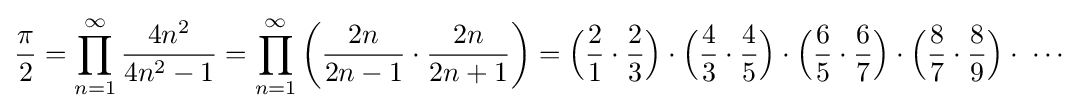
{\frac {\pi }{2}}=\prod _{n=1}^{\infty }{\frac {4n^{2}}{4n^{2}-1}}=\prod _{n=1}^{\infty }\left({\frac {2n}{2n-1}}\cdot {\frac {2n}{2n+1}}\right)={\Big (}{\frac {2}{1}}\cdot {\frac {2}{3}}{\Big )}\cdot {\Big (}{\frac {4}{3}}\cdot {\frac {4}{5}}{\Big )}\cdot {\Big (}{\frac {6}{5}}\cdot {\frac {6}{7}}{\Big )}\cdot {\Big (}{\frac {8}{7}}\cdot {\frac {8}{9}}{\Big )}\cdot \;\cdots